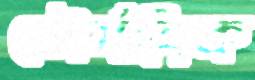
তৌর্যত্রিক